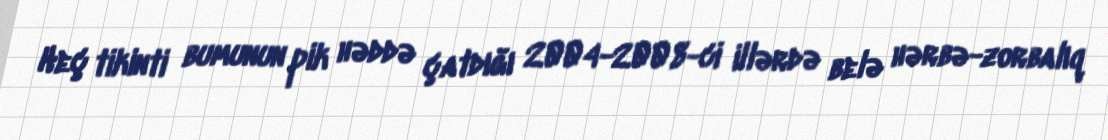
Heç tikinti bumunun pik həddə çatdığı 2004-2008-ci illərdə belə hərbə-zorbalıq